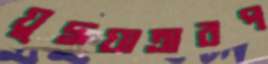
যুদ্ধযাত্রারপ